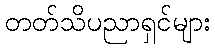
တတ်သိပညာရှင်များ